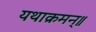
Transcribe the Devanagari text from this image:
यथाक्रमन्॥